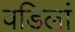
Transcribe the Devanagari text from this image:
वडिलां